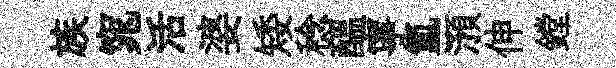
族窕活婆矮稔醖寧氳澦伸鏜